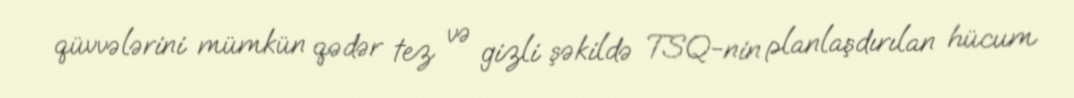
qüvvələrini mümkün qədər tez və gizli şəkildə TSQ-nin planlaşdırılan hücum